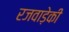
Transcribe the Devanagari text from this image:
रजवाड़ेकी